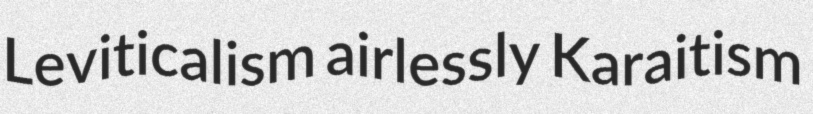
Leviticalism airlessly Karaitism